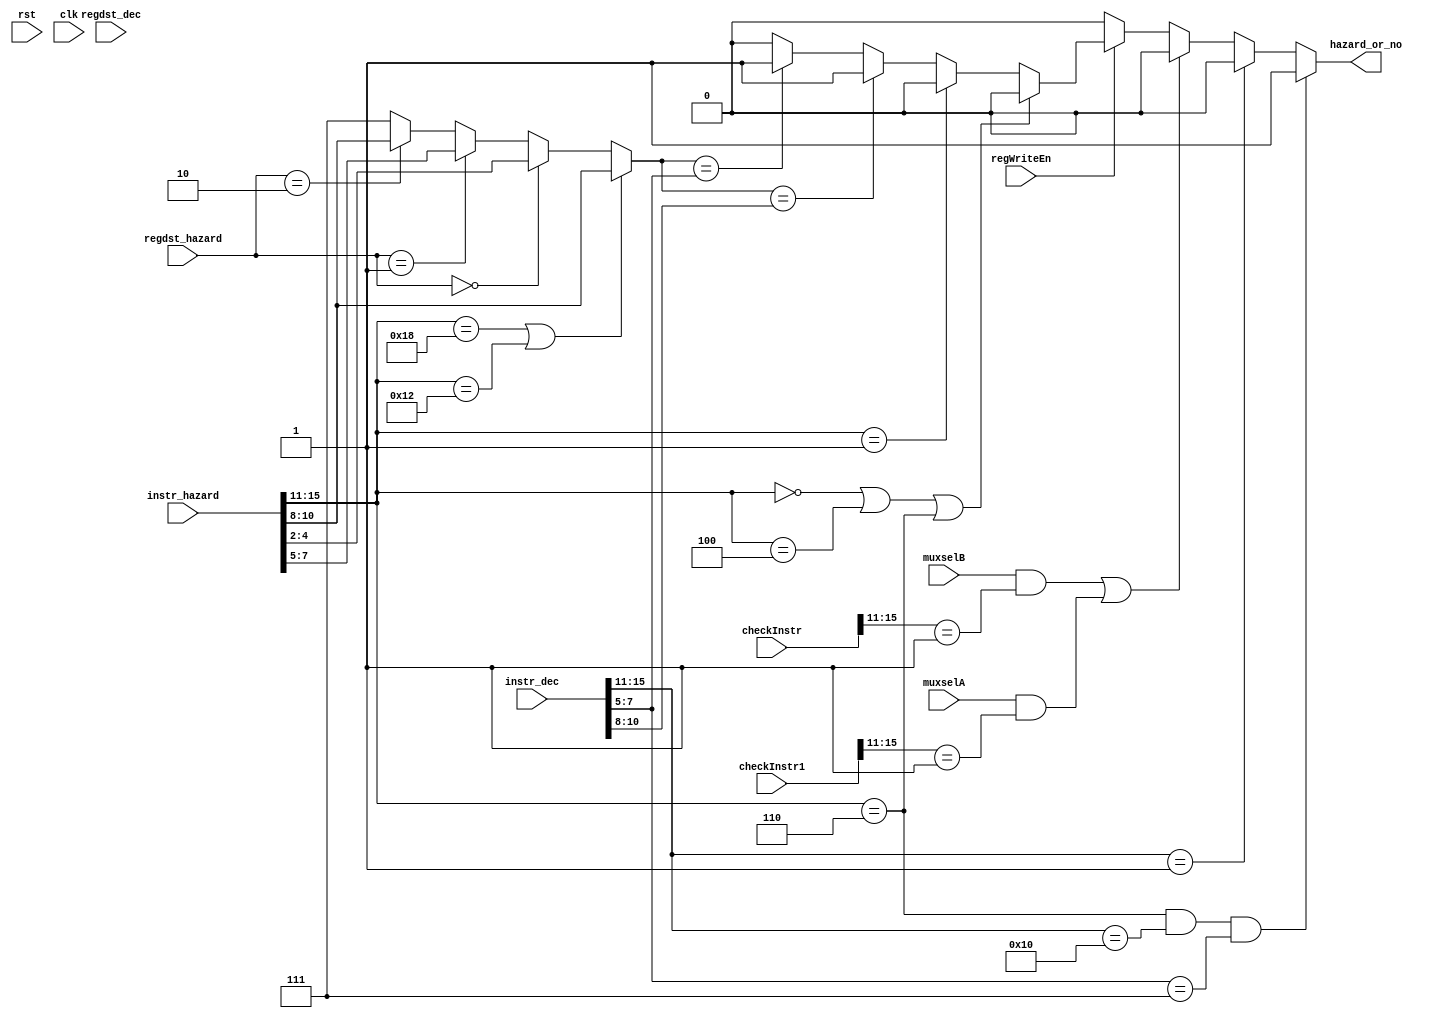
module hazard(muxselA, muxselB, regWriteEn, regdst_dec, regdst_hazard, instr_hazard, instr_dec, checkInstr, checkInstr1, hazard_or_no, rst, clk);
 
input rst, clk; 
input [1:0] regdst_hazard, regdst_dec;
input    regWriteEn, muxselB, muxselA;
input [15:0] checkInstr, checkInstr1;
//input idWriteEn;
input [15:0] instr_hazard, instr_dec;
wire [2:0] checkReg, checkRegInput;
output hazard_or_no;
wire hazardLayer, hazardLayer2, checker, checker2, hazardLayer3;
wire [2:0] firstReg, secondReg, thirdReg;



   assign firstReg = instr_dec[4:2];
   assign secondReg = instr_dec[7:5];
   assign thirdReg = instr_dec[10:8];
   assign checker = checkReg == instr_dec[10:8];
   assign checker2 = checkReg == instr_dec[7:5];
   
   assign checkReg = ((instr_hazard[15:11] == 5'b11000 /* LBI */) | (instr_hazard[15:11] == 5'b10010 /* SLBI */)) ? instr_hazard[10:8] : checkRegInput;

   assign checkRegInput = (regdst_hazard == 2'b00) ? instr_hazard[4:2] :
			((regdst_hazard == 2'b01) ? instr_hazard[7:5] :
		        ((regdst_hazard == 2'b10) ? instr_hazard[10:8] :
			  3'b111));

  
    
   assign hazard_or_no = (instr_hazard[15:11] == 5'b00110 & instr_dec[15:11] == 5'b10000) & instr_dec[7:5] == 3'b111 ? 1'b1 : hazardLayer3;
   assign hazardLayer3 = (instr_dec[15:11] == 5'b00001) ? 1'b0 : (muxselB & (checkInstr[15:11] == 15'b00001)) | (muxselA & (checkInstr1[15:11] == 15'b00001)) ? 1'b0 : hazardLayer2; 
   assign hazardLayer2 = regWriteEn ? ((instr_hazard[15:11] == 5'b00000 | instr_hazard[15:11] == 5'b00100 | instr_hazard[15:11] == 5'b00110) ? 1'b0 : hazardLayer) : 1'b0;
   assign hazardLayer = (instr_hazard[15:11] == 5'b00001) ? 1'b0 : ((checkReg == instr_dec[10:8])) ? 1'b1 : (checkReg == instr_dec[7:5]) ? 1'b1 : 1'b0; 


endmodule